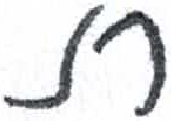
אות: ת